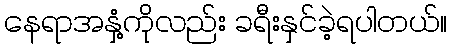
နေရာအနှံ့ကိုလည်း ခရီးနှင်ခဲ့ရပါတယ်။